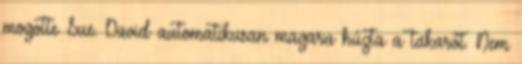
mogotte Sue. David automatikusan magara húzta a takarót. Nem